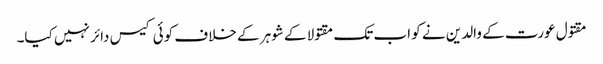
مقتول عورت کے والدین نے کو اب تک مقتولا کے شوہر کے خلاف کوئی کیس دائر نہیں کیا۔